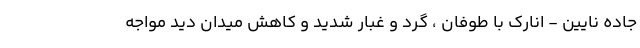
جاده نایین - انارک با طوفان ، گرد و غبار شدید و کاهش میدان دید مواجه